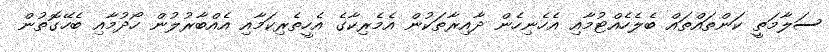
ސަލާމަތީ ކަންތައްތައް ބެލެހެއްޓުމާއި އެހެނިހެން ދާއިރާތަކުން އެމެރިކާގެ އެހީތެރިކަމާއި އެއްބާރުލުން ހޯދުމާއި ބެހޭގޮތުން